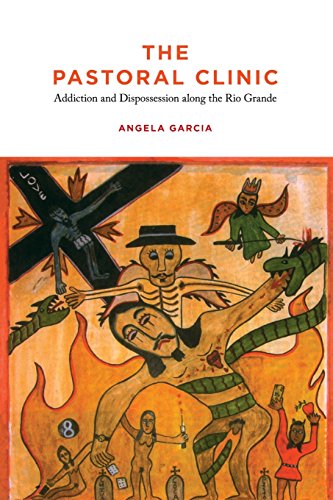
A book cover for The Pastoral Clinic: Addiction and Dispossession along the Rio Grande; Angela Garcia; Science & Math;